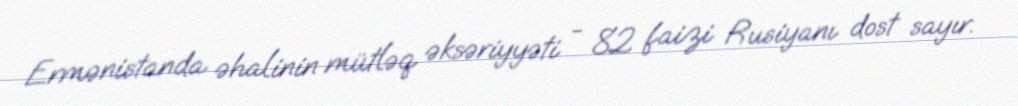
Ermənistanda əhalinin mütləq əksəriyyəti - 82 faizi Rusiyanı dost sayır.